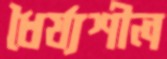
ধৈর্য্যশীল